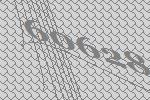
60628